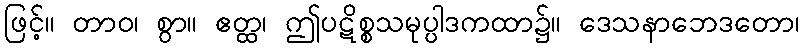
ဖြင့်။ တာဝ၊ စွာ။ ဧတ္ထ၊ ဤပဋိစ္စသမုပ္ပါဒကထာ၌။ ဒေသနာဘေဒတော၊